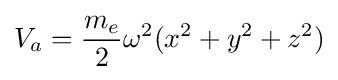
V_{a}={\frac {m_{e}}{2}}{\omega ^{2}}(x^{2}+y^{2}+z^{2})